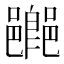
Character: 𨞸